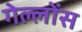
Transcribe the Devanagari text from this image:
गेल्लोंस